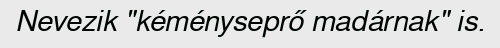
Nevezik "kéményseprő madárnak" is.